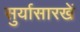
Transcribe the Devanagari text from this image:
सुर्यासारखें